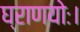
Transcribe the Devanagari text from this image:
घ्राणयोः।